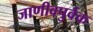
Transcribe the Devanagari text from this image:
जाणीवपुर्वक